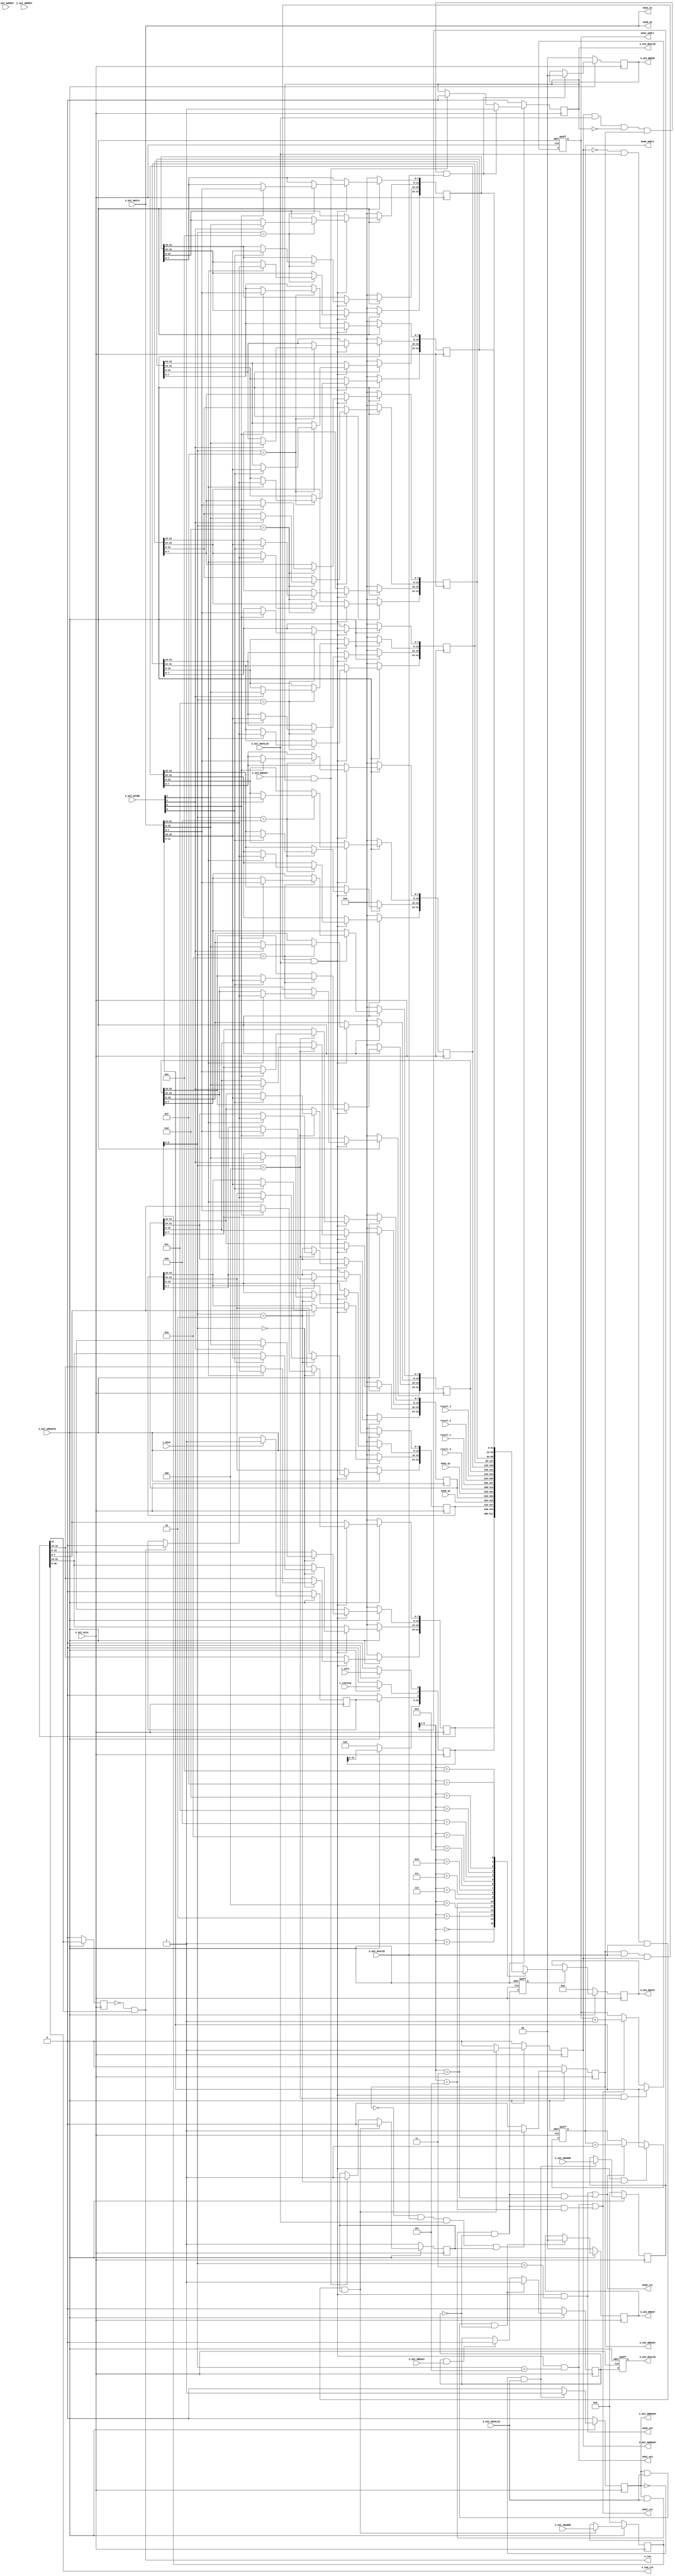

`timescale 1 ns / 1 ps

	module myip_v1_0_S00_AXI #
	(

		parameter CNT_BIT = 31,

		parameter integer MEM0_DATA_WIDTH = 32,
		parameter integer MEM0_ADDR_WIDTH = 12,
		parameter integer MEM0_MEM_DEPTH  = 4096, 

		parameter integer MEM1_DATA_WIDTH = 32,
		parameter integer MEM1_ADDR_WIDTH = 12,	
		parameter integer MEM1_MEM_DEPTH  = 4096,

		// User parameters ends
		// Do not modify the parameters beyond this line

		// Width of S_AXI data bus
		parameter integer C_S_AXI_DATA_WIDTH	= 32,
		// Width of S_AXI address bus
		parameter integer C_S_AXI_ADDR_WIDTH	= 6 
	)
	(
		output 					o_run,
		output  [CNT_BIT-1:0]	o_num_cnt, 
		input   				i_idle,
		input   				i_running,
		input					i_done,

		//Memory I/F
		output		[MEM0_ADDR_WIDTH-1:0] 	mem0_addr1,
		output		 						mem0_ce1,
		output		 						mem0_we1,
		input 		[MEM0_DATA_WIDTH-1:0]  	mem0_q1,
		output		[MEM0_DATA_WIDTH-1:0] 	mem0_d1,

		//Memory I/F
		output		[MEM1_ADDR_WIDTH-1:0] 	mem1_addr1,
		output		 						mem1_ce1,
		output		 						mem1_we1,
		input 		[MEM1_DATA_WIDTH-1:0]  	mem1_q1,
		output		[MEM1_DATA_WIDTH-1:0] 	mem1_d1,

		//result for 4 core
		input		[MEM0_DATA_WIDTH-1:0]  	result_0,
		input		[MEM0_DATA_WIDTH-1:0]  	result_1,
		input		[MEM0_DATA_WIDTH-1:0]  	result_2,
		input		[MEM0_DATA_WIDTH-1:0]  	result_3,

		// Do not modify the ports beyond this line

		// Global Clock Signal
		input wire  S_AXI_ACLK,
		// Global Reset Signal. This Signal is Active LOW
		input wire  S_AXI_ARESETN,
		// Write address (issued by master, acceped by Slave)
		input wire [C_S_AXI_ADDR_WIDTH-1 : 0] S_AXI_AWADDR,
		// Write channel Protection type. This signal indicates the
    		// privilege and security level of the transaction, and whether
    		// the transaction is a data access or an instruction access.
		input wire [2 : 0] S_AXI_AWPROT,
		// Write address valid. This signal indicates that the master signaling
    		// valid write address and control information.
		input wire  S_AXI_AWVALID,
		// Write address ready. This signal indicates that the slave is ready
    		// to accept an address and associated control signals.
		output wire  S_AXI_AWREADY,
		// Write data (issued by master, acceped by Slave) 
		input wire [C_S_AXI_DATA_WIDTH-1 : 0] S_AXI_WDATA,
		// Write strobes. This signal indicates which byte lanes hold
    		// valid data. There is one write strobe bit for each eight
    		// bits of the write data bus.    
		input wire [(C_S_AXI_DATA_WIDTH/8)-1 : 0] S_AXI_WSTRB,
		// Write valid. This signal indicates that valid write
    		// data and strobes are available.
		input wire  S_AXI_WVALID,
		// Write ready. This signal indicates that the slave
    		// can accept the write data.
		output wire  S_AXI_WREADY,
		// Write response. This signal indicates the status
    		// of the write transaction.
		output wire [1 : 0] S_AXI_BRESP,
		// Write response valid. This signal indicates that the channel
    		// is signaling a valid write response.
		output wire  S_AXI_BVALID,
		// Response ready. This signal indicates that the master
    		// can accept a write response.
		input wire  S_AXI_BREADY,
		// Read address (issued by master, acceped by Slave)
		input wire [C_S_AXI_ADDR_WIDTH-1 : 0] S_AXI_ARADDR,
		// Protection type. This signal indicates the privilege
    		// and security level of the transaction, and whether the
    		// transaction is a data access or an instruction access.
		input wire [2 : 0] S_AXI_ARPROT,
		// Read address valid. This signal indicates that the channel
    		// is signaling valid read address and control information.
		input wire  S_AXI_ARVALID,
		// Read address ready. This signal indicates that the slave is
    		// ready to accept an address and associated control signals.
		output wire  S_AXI_ARREADY,
		// Read data (issued by slave)
		output wire [C_S_AXI_DATA_WIDTH-1 : 0] S_AXI_RDATA,
		// Read response. This signal indicates the status of the
    		// read transfer.
		output wire [1 : 0] S_AXI_RRESP,
		// Read valid. This signal indicates that the channel is
    		// signaling the required read data.
		output wire  S_AXI_RVALID,
		// Read ready. This signal indicates that the master can
    		// accept the read data and response information.
		input wire  S_AXI_RREADY

	);

	// AXI4LITE signals
	reg [C_S_AXI_ADDR_WIDTH-1 : 0] 	axi_awaddr;
	reg  	axi_awready;
	reg  	axi_wready;
	reg [1 : 0] 	axi_bresp;
	reg  	axi_bvalid;
	reg [C_S_AXI_ADDR_WIDTH-1 : 0] 	axi_araddr;
	reg  	axi_arready;
	reg [C_S_AXI_DATA_WIDTH-1 : 0] 	axi_rdata;
	reg [1 : 0] 	axi_rresp;
	reg  	axi_rvalid;
	reg  	axi_rvalid_d; //delay 1 cycle from bram read

	// Example-specific design signals
	// local parameter for addressing 32 bit / 64 bit C_S_AXI_DATA_WIDTH
	// ADDR_LSB is used for addressing 32/64 bit registers/memories
	// ADDR_LSB = 2 for 32 bits (n downto 2)
	// ADDR_LSB = 3 for 64 bits (n downto 3)
	localparam integer ADDR_LSB = (C_S_AXI_DATA_WIDTH/32) + 1;
	localparam integer OPT_MEM_ADDR_BITS = 3; 
	//----------------------------------------------
	//-- Signals for user logic register space example
	//------------------------------------------------
	//-- Number of Slave Registers 16
	reg [C_S_AXI_DATA_WIDTH-1:0]	slv_reg0;
	reg [C_S_AXI_DATA_WIDTH-1:0]	slv_reg1;
	reg [C_S_AXI_DATA_WIDTH-1:0]	slv_reg2;
	reg [C_S_AXI_DATA_WIDTH-1:0]	slv_reg3;
	reg [C_S_AXI_DATA_WIDTH-1:0]	slv_reg4;
	reg [C_S_AXI_DATA_WIDTH-1:0]	slv_reg5;
	reg [C_S_AXI_DATA_WIDTH-1:0]	slv_reg6;
	reg [C_S_AXI_DATA_WIDTH-1:0]	slv_reg7;
	reg [C_S_AXI_DATA_WIDTH-1:0]	slv_reg8;
	reg [C_S_AXI_DATA_WIDTH-1:0]	slv_reg9;
	reg [C_S_AXI_DATA_WIDTH-1:0]	slv_rega;
	reg [C_S_AXI_DATA_WIDTH-1:0]	slv_regb;
	reg [C_S_AXI_DATA_WIDTH-1:0]	slv_regc;
	reg [C_S_AXI_DATA_WIDTH-1:0]	slv_regd;
	reg [C_S_AXI_DATA_WIDTH-1:0]	slv_rege;
	reg [C_S_AXI_DATA_WIDTH-1:0]	slv_regf;

	wire	 slv_reg_rden;
	wire	 slv_reg_wren;
	reg [C_S_AXI_DATA_WIDTH-1:0]	 reg_data_out;
	integer	 byte_index;
	reg	 aw_en;

	// I/O Connections assignments

	assign S_AXI_AWREADY	= axi_awready;
	assign S_AXI_WREADY	= axi_wready;
	assign S_AXI_BRESP	= axi_bresp;
	assign S_AXI_BVALID	= axi_bvalid;
	assign S_AXI_ARREADY	= axi_arready;
	assign S_AXI_RDATA	= axi_rdata;
	assign S_AXI_RRESP	= axi_rresp;
	//assign S_AXI_RVALID	= axi_rvalid;
	assign S_AXI_RVALID	= axi_rvalid_d; //delay 1 cycle from bram read
	// Implement axi_awready generation
	// axi_awready is asserted for one S_AXI_ACLK clock cycle when both
	// S_AXI_AWVALID and S_AXI_WVALID are asserted. axi_awready is
	// de-asserted when reset is low.

	always @( posedge S_AXI_ACLK )
	begin
	  if ( S_AXI_ARESETN == 1'b0 )
	    begin
	      axi_awready <= 1'b0;
	      aw_en <= 1'b1;
	    end 
	  else
	    begin    
	      if (~axi_awready && S_AXI_AWVALID && S_AXI_WVALID && aw_en)
	        begin
	          // slave is ready to accept write address when 
	          // there is a valid write address and write data
	          // on the write address and data bus. This design 
	          // expects no outstanding transactions. 
	          axi_awready <= 1'b1;
	          aw_en <= 1'b0;
	        end
	        else if (S_AXI_BREADY && axi_bvalid)
	            begin
	              aw_en <= 1'b1;
	              axi_awready <= 1'b0;
	            end
	      else           
	        begin
	          axi_awready <= 1'b0;
	        end
	    end 
	end       

	// Implement axi_awaddr latching
	// This process is used to latch the address when both 
	// S_AXI_AWVALID and S_AXI_WVALID are valid. 

	always @( posedge S_AXI_ACLK )
	begin
	  if ( S_AXI_ARESETN == 1'b0 )
	    begin
	      axi_awaddr <= 0;
	    end 
	  else
	    begin    
	      if (~axi_awready && S_AXI_AWVALID && S_AXI_WVALID && aw_en)
	        begin
	          // Write Address latching 
	          axi_awaddr <= S_AXI_AWADDR;
	        end
	    end 
	end       

	// Implement axi_wready generation
	// axi_wready is asserted for one S_AXI_ACLK clock cycle when both
	// S_AXI_AWVALID and S_AXI_WVALID are asserted. axi_wready is 
	// de-asserted when reset is low. 

	always @( posedge S_AXI_ACLK )
	begin
	  if ( S_AXI_ARESETN == 1'b0 )
	    begin
	      axi_wready <= 1'b0;
	    end 
	  else
	    begin    
	      if (~axi_wready && S_AXI_WVALID && S_AXI_AWVALID && aw_en )
	        begin
	          // slave is ready to accept write data when 
	          // there is a valid write address and write data
	          // on the write address and data bus. This design 
	          // expects no outstanding transactions. 
	          axi_wready <= 1'b1;
	        end
	      else
	        begin
	          axi_wready <= 1'b0;
	        end
	    end 
	end       

	// Implement memory mapped register select and write logic generation
	// The write data is accepted and written to memory mapped registers when
	// axi_awready, S_AXI_WVALID, axi_wready and S_AXI_WVALID are asserted. Write strobes are used to
	// select byte enables of slave registers while writing.
	// These registers are cleared when reset (active low) is applied.
	// Slave register write enable is asserted when valid address and data are available
	// and the slave is ready to accept the write address and write data.
	assign slv_reg_wren = axi_wready && S_AXI_WVALID && axi_awready && S_AXI_AWVALID;

	always @( posedge S_AXI_ACLK )
	begin
	  if ( S_AXI_ARESETN == 1'b0 )
	    begin
	      slv_reg0 <= 0;
//	      slv_reg1 <= 0; //Not use Write in 0x04 (STATUS, READ Only) 
	      slv_reg2 <= 0;
	      slv_reg3 <= 0;
		  slv_reg4 <= 0;
		  slv_reg5 <= 0;
		  slv_reg6 <= 0;
		  slv_reg7 <= 0;
		  slv_reg8 <= 0;
		  slv_reg9 <= 0;
		  slv_rega <= 0;
		  slv_regb <= 0;
		  slv_regc <= 0;
		  slv_regd <= 0;
		  slv_rege <= 0;
		  slv_regf <= 0;
	    end 
	  else begin
	    if (slv_reg_wren)
	      begin
	        case ( axi_awaddr[ADDR_LSB+OPT_MEM_ADDR_BITS:ADDR_LSB] )
	          4'h0:
	            for ( byte_index = 0; byte_index <= (C_S_AXI_DATA_WIDTH/8)-1; byte_index = byte_index+1 )
	              if ( S_AXI_WSTRB[byte_index] == 1 ) begin
	                // Respective byte enables are asserted as per write strobes 
	                // Slave register 0
	                slv_reg0[(byte_index*8) +: 8] <= S_AXI_WDATA[(byte_index*8) +: 8];
	              end  
			  //Not use Write in 0x04 (STATUS, READ Only)
//	          4'h1:
//	            for ( byte_index = 0; byte_index <= (C_S_AXI_DATA_WIDTH/8)-1; byte_index = byte_index+1 )
//	              if ( S_AXI_WSTRB[byte_index] == 1 ) begin
//	                // Respective byte enables are asserted as per write strobes 
//	                // Slave register 1
//	                slv_reg1[(byte_index*8) +: 8] <= S_AXI_WDATA[(byte_index*8) +: 8];
//	              end  
	          4'h2:
	            for ( byte_index = 0; byte_index <= (C_S_AXI_DATA_WIDTH/8)-1; byte_index = byte_index+1 )
	              if ( S_AXI_WSTRB[byte_index] == 1 ) begin
	                // Respective byte enables are asserted as per write strobes 
	                // Slave register 2
	                slv_reg2[(byte_index*8) +: 8] <= S_AXI_WDATA[(byte_index*8) +: 8];
	              end  
	          4'h3:
	            for ( byte_index = 0; byte_index <= (C_S_AXI_DATA_WIDTH/8)-1; byte_index = byte_index+1 )
	              if ( S_AXI_WSTRB[byte_index] == 1 ) begin
	                // Respective byte enables are asserted as per write strobes 
	                // Slave register 3
	                slv_reg3[(byte_index*8) +: 8] <= S_AXI_WDATA[(byte_index*8) +: 8];
	              end  
	          4'h4:
	            for ( byte_index = 0; byte_index <= (C_S_AXI_DATA_WIDTH/8)-1; byte_index = byte_index+1 )
	              if ( S_AXI_WSTRB[byte_index] == 1 ) begin
	                // Respective byte enables are asserted as per write strobes 
	                // Slave register 3
	                slv_reg4[(byte_index*8) +: 8] <= S_AXI_WDATA[(byte_index*8) +: 8];
	              end
	          4'h5:
	            for ( byte_index = 0; byte_index <= (C_S_AXI_DATA_WIDTH/8)-1; byte_index = byte_index+1 )
	              if ( S_AXI_WSTRB[byte_index] == 1 ) begin
	                // Respective byte enables are asserted as per write strobes 
	                // Slave register 3
	                slv_reg5[(byte_index*8) +: 8] <= S_AXI_WDATA[(byte_index*8) +: 8];
	              end
	          4'h6:
	            for ( byte_index = 0; byte_index <= (C_S_AXI_DATA_WIDTH/8)-1; byte_index = byte_index+1 )
	              if ( S_AXI_WSTRB[byte_index] == 1 ) begin
	                // Respective byte enables are asserted as per write strobes 
	                // Slave register 3
	                slv_reg6[(byte_index*8) +: 8] <= S_AXI_WDATA[(byte_index*8) +: 8];
	              end
	          4'h7:
	            for ( byte_index = 0; byte_index <= (C_S_AXI_DATA_WIDTH/8)-1; byte_index = byte_index+1 )
	              if ( S_AXI_WSTRB[byte_index] == 1 ) begin
	                // Respective byte enables are asserted as per write strobes 
	                // Slave register 3
	                slv_reg7[(byte_index*8) +: 8] <= S_AXI_WDATA[(byte_index*8) +: 8];
	              end
	          4'h8:
	            for ( byte_index = 0; byte_index <= (C_S_AXI_DATA_WIDTH/8)-1; byte_index = byte_index+1 )
	              if ( S_AXI_WSTRB[byte_index] == 1 ) begin
	                // Respective byte enables are asserted as per write strobes 
	                // Slave register 0
	                slv_reg8[(byte_index*8) +: 8] <= S_AXI_WDATA[(byte_index*8) +: 8];
	              end  
	          4'h9:
	            for ( byte_index = 0; byte_index <= (C_S_AXI_DATA_WIDTH/8)-1; byte_index = byte_index+1 )
	              if ( S_AXI_WSTRB[byte_index] == 1 ) begin
	                // Respective byte enables are asserted as per write strobes 
	                // Slave register 1
	                slv_reg9[(byte_index*8) +: 8] <= S_AXI_WDATA[(byte_index*8) +: 8];
	              end  
	          4'ha:
	            for ( byte_index = 0; byte_index <= (C_S_AXI_DATA_WIDTH/8)-1; byte_index = byte_index+1 )
	              if ( S_AXI_WSTRB[byte_index] == 1 ) begin
	                // Respective byte enables are asserted as per write strobes 
	                // Slave register 2
	                slv_rega[(byte_index*8) +: 8] <= S_AXI_WDATA[(byte_index*8) +: 8];
	              end  
	          4'hb:
	            for ( byte_index = 0; byte_index <= (C_S_AXI_DATA_WIDTH/8)-1; byte_index = byte_index+1 )
	              if ( S_AXI_WSTRB[byte_index] == 1 ) begin
	                // Respective byte enables are asserted as per write strobes 
	                // Slave register 3
	                slv_regb[(byte_index*8) +: 8] <= S_AXI_WDATA[(byte_index*8) +: 8];
	              end  
	          4'hc:
	            for ( byte_index = 0; byte_index <= (C_S_AXI_DATA_WIDTH/8)-1; byte_index = byte_index+1 )
	              if ( S_AXI_WSTRB[byte_index] == 1 ) begin
	                // Respective byte enables are asserted as per write strobes 
	                // Slave register 3
	                slv_regc[(byte_index*8) +: 8] <= S_AXI_WDATA[(byte_index*8) +: 8];
	              end
	          4'hd:
	            for ( byte_index = 0; byte_index <= (C_S_AXI_DATA_WIDTH/8)-1; byte_index = byte_index+1 )
	              if ( S_AXI_WSTRB[byte_index] == 1 ) begin
	                // Respective byte enables are asserted as per write strobes 
	                // Slave register 3
	                slv_regd[(byte_index*8) +: 8] <= S_AXI_WDATA[(byte_index*8) +: 8];
	              end
	          4'he:
	            for ( byte_index = 0; byte_index <= (C_S_AXI_DATA_WIDTH/8)-1; byte_index = byte_index+1 )
	              if ( S_AXI_WSTRB[byte_index] == 1 ) begin
	                // Respective byte enables are asserted as per write strobes 
	                // Slave register 3
	                slv_rege[(byte_index*8) +: 8] <= S_AXI_WDATA[(byte_index*8) +: 8];
	              end
	          4'hf:
	            for ( byte_index = 0; byte_index <= (C_S_AXI_DATA_WIDTH/8)-1; byte_index = byte_index+1 )
	              if ( S_AXI_WSTRB[byte_index] == 1 ) begin
	                // Respective byte enables are asserted as per write strobes 
	                // Slave register 3
	                slv_regf[(byte_index*8) +: 8] <= S_AXI_WDATA[(byte_index*8) +: 8];
	              end
	          default : begin
	                      slv_reg0 <= slv_reg0;
//	                      slv_reg1 <= slv_reg1; //Not use Write in 0x04 (STATUS, READ Only)
	                      slv_reg2 <= slv_reg2;
	                      slv_reg3 <= slv_reg3;
						  slv_reg4 <= slv_reg4;
						  slv_reg5 <= slv_reg5;
						  slv_reg6 <= slv_reg6;
						  slv_reg7 <= slv_reg7;
						  slv_reg8 <= slv_reg8;
						  slv_reg9 <= slv_reg9;
						  slv_rega <= slv_rega;
						  slv_regb <= slv_regb;
						  slv_regc <= slv_regc;
						  slv_regd <= slv_regd;
						  slv_rege <= slv_rege;
						  slv_regf <= slv_regf;
	                    end
	        endcase
	      end
	  end
	end    

	//AXI4-Lite Read / Write Condition 
	wire clk = S_AXI_ACLK;                       
	wire reset_n = S_AXI_ARESETN;

	wire [C_S_AXI_ADDR_WIDTH-1:0]   mem0_axi_addr = 'h8; 
	wire [C_S_AXI_ADDR_WIDTH-1:0]   mem0_axi_data = 'hc; 
	wire [C_S_AXI_DATA_WIDTH-1:0]	mem0_addr_reg = S_AXI_WDATA; 
	wire [C_S_AXI_DATA_WIDTH-1:0]	mem0_data_reg = S_AXI_WDATA;  
	wire mem0_addr_write_hit = slv_reg_wren && (axi_awaddr[ADDR_LSB+OPT_MEM_ADDR_BITS:ADDR_LSB] == mem0_axi_addr[ADDR_LSB+OPT_MEM_ADDR_BITS:ADDR_LSB]); 
	wire mem0_data_write_hit = slv_reg_wren && (axi_awaddr[ADDR_LSB+OPT_MEM_ADDR_BITS:ADDR_LSB] == mem0_axi_data[ADDR_LSB+OPT_MEM_ADDR_BITS:ADDR_LSB]); 
	wire mem0_data_read_hit = slv_reg_rden && (axi_araddr[ADDR_LSB+OPT_MEM_ADDR_BITS:ADDR_LSB] == mem0_axi_data[ADDR_LSB+OPT_MEM_ADDR_BITS:ADDR_LSB]);

	//Address conunter to BRAM
	reg	[MEM0_ADDR_WIDTH-1:0] mem0_addr_cnt;
	always @(posedge clk or negedge reset_n) begin
	    if(!reset_n) begin
	        mem0_addr_cnt <= 0;  
	    end else if (mem0_addr_write_hit) begin 
	        mem0_addr_cnt <= mem0_addr_reg; 
	    end else if (mem0_data_write_hit || mem0_data_read_hit) begin
	        mem0_addr_cnt <= mem0_addr_cnt + 1;
		end
	end

	//delay 1 cycle, read valid from memory
	reg slv_reg_rden_d;
	always @(posedge clk or negedge reset_n) begin
	    if(!reset_n) begin
			axi_rvalid_d	<= 'd0;
			slv_reg_rden_d	<= 'd0;
	    end else begin
			axi_rvalid_d	<= axi_rvalid;
			slv_reg_rden_d	<= slv_reg_rden;
	    end 
	end

	//Assgin Memory I/F
	assign mem0_addr1 	= mem0_addr_cnt[MEM0_ADDR_WIDTH-1:0]			; 
	assign mem0_ce1		= mem0_data_write_hit || mem0_data_read_hit		;
	assign mem0_we1		= mem0_data_write_hit 							;
	assign mem0_d1		= mem0_data_reg									;

	// AXI4-Lite Read / Write Condition 
	wire [C_S_AXI_ADDR_WIDTH-1:0]   mem1_axi_addr = 'h10; 
	wire [C_S_AXI_ADDR_WIDTH-1:0]   mem1_axi_data = 'h14; 
	wire [C_S_AXI_DATA_WIDTH-1:0]	mem1_addr_reg = S_AXI_WDATA;  
	wire [C_S_AXI_DATA_WIDTH-1:0]	mem1_data_reg = S_AXI_WDATA; 
	wire mem1_addr_write_hit = slv_reg_wren && (axi_awaddr[ADDR_LSB+OPT_MEM_ADDR_BITS:ADDR_LSB] == mem1_axi_addr[ADDR_LSB+OPT_MEM_ADDR_BITS:ADDR_LSB]);
	wire mem1_data_write_hit = slv_reg_wren && (axi_awaddr[ADDR_LSB+OPT_MEM_ADDR_BITS:ADDR_LSB] == mem1_axi_data[ADDR_LSB+OPT_MEM_ADDR_BITS:ADDR_LSB]);
	wire mem1_data_read_hit = slv_reg_rden && (axi_araddr[ADDR_LSB+OPT_MEM_ADDR_BITS:ADDR_LSB] == mem1_axi_data[ADDR_LSB+OPT_MEM_ADDR_BITS:ADDR_LSB]);

	//Address conunter to BRAM
	reg	[MEM1_ADDR_WIDTH-1:0] mem1_addr_cnt;
	always @(posedge clk or negedge reset_n) begin
	    if(!reset_n) begin
	        mem1_addr_cnt <= 0;  
	    end else if (mem1_addr_write_hit) begin
	        mem1_addr_cnt <= mem1_addr_reg; 
	    end else if (mem1_data_write_hit || mem1_data_read_hit) begin
	        mem1_addr_cnt <= mem1_addr_cnt + 1;
		end
	end

	//Assgin Memory I/F
	assign mem1_addr1 	= mem1_addr_cnt[MEM1_ADDR_WIDTH-1:0]			; 
	assign mem1_ce1		= mem1_data_write_hit || mem1_data_read_hit		;
	assign mem1_we1		= mem1_data_write_hit 							;
	assign mem1_d1		= mem1_data_reg									;

	// Implement write response logic generation
	// The write response and response valid signals are asserted by the slave 
	// when axi_wready, S_AXI_WVALID, axi_wready and S_AXI_WVALID are asserted.  
	// This marks the acceptance of address and indicates the status of 
	// write transaction.

	always @( posedge S_AXI_ACLK )
	begin
	  if ( S_AXI_ARESETN == 1'b0 )
	    begin
	      axi_bvalid  <= 0;
	      axi_bresp   <= 2'b0;
	    end 
	  else
	    begin    
	      if (axi_awready && S_AXI_AWVALID && ~axi_bvalid && axi_wready && S_AXI_WVALID)
	        begin
	          // indicates a valid write response is available
	          axi_bvalid <= 1'b1;
	          axi_bresp  <= 2'b0; // 'OKAY' response 
	        end                   // work error responses in future
	      else
	        begin
	          if (S_AXI_BREADY && axi_bvalid) 
	            //check if bready is asserted while bvalid is high) 
	            //(there is a possibility that bready is always asserted high)   
	            begin
	              axi_bvalid <= 1'b0; 
	            end  
	        end
	    end
	end   

	// Implement axi_arready generation
	// axi_arready is asserted for one S_AXI_ACLK clock cycle when
	// S_AXI_ARVALID is asserted. axi_awready is 
	// de-asserted when reset (active low) is asserted. 
	// The read address is also latched when S_AXI_ARVALID is 
	// asserted. axi_araddr is reset to zero on reset assertion.

	always @( posedge S_AXI_ACLK )
	begin
	  if ( S_AXI_ARESETN == 1'b0 )
	    begin
	      axi_arready <= 1'b0;
	      axi_araddr  <= 32'b0;
	    end 
	  else
	    begin    
	      if (~axi_arready && S_AXI_ARVALID)
	        begin
	          // indicates that the slave has acceped the valid read address
	          axi_arready <= 1'b1;
	          // Read address latching
	          axi_araddr  <= S_AXI_ARADDR;
	        end
	      else
	        begin
	          axi_arready <= 1'b0;
	        end
	    end 
	end       

	// Implement axi_arvalid generation
	// axi_rvalid is asserted for one S_AXI_ACLK clock cycle when both 
	// S_AXI_ARVALID and axi_arready are asserted. The slave registers 
	// data are available on the axi_rdata bus at this instance. The 
	// assertion of axi_rvalid marks the validity of read data on the 
	// bus and axi_rresp indicates the status of read transaction.axi_rvalid 
	// is deasserted on reset (active low). axi_rresp and axi_rdata are 
	// cleared to zero on reset (active low).  
	always @( posedge S_AXI_ACLK )
	begin
	  if ( S_AXI_ARESETN == 1'b0 )
	    begin
	      axi_rvalid <= 0;
	      axi_rresp  <= 0;
	    end 
	  else
	    begin    
	      if (axi_arready && S_AXI_ARVALID && ~axi_rvalid)
	        begin
	          // Valid read data is available at the read data bus
	          axi_rvalid <= 1'b1;
	          axi_rresp  <= 2'b0; // 'OKAY' response
	        end   
	      else if (axi_rvalid && S_AXI_RREADY)
	        begin
	          // Read data is accepted by the master
	          axi_rvalid <= 1'b0;
	        end                
	    end
	end    

	// Implement memory mapped register select and read logic generation
	// Slave register read enable is asserted when valid address is available
	// and the slave is ready to accept the read address.
	assign slv_reg_rden = axi_arready & S_AXI_ARVALID & ~axi_rvalid;
	always @(*)
	begin
	      // Address decoding for reading registers
	      case ( axi_araddr[ADDR_LSB+OPT_MEM_ADDR_BITS:ADDR_LSB] )
	        4'h0   : reg_data_out <= slv_reg0;
	        4'h1   : reg_data_out <= slv_reg1;
	        4'h2   : reg_data_out <= slv_reg2;
	        4'h3   : reg_data_out <= mem0_q1[C_S_AXI_DATA_WIDTH-1:0]; //from bram0 out
	        //4'h3   : reg_data_out <= slv_reg3;
	        4'h4   : reg_data_out <= slv_reg4;
	        4'h5   : reg_data_out <= mem1_q1[C_S_AXI_DATA_WIDTH-1:0]; //from bram1 out
	        //4'h5   : reg_data_out <= slv_reg5;
	        //4'h6   : reg_data_out <= slv_reg6;
	        //4'h7   : reg_data_out <= slv_reg7;
	        //4'h8   : reg_data_out <= slv_reg8;
	        //4'h9   : reg_data_out <= slv_reg9;
	        4'h6   : reg_data_out <= result_0;
	        4'h7   : reg_data_out <= result_1;
	        4'h8   : reg_data_out <= result_2;
	        4'h9   : reg_data_out <= result_3;
	        4'ha   : reg_data_out <= slv_rega;
	        4'hb   : reg_data_out <= slv_regb;
	        4'hc   : reg_data_out <= slv_regc;
	        4'hd   : reg_data_out <= slv_regd;
	        4'he   : reg_data_out <= slv_rege;
	        4'hf   : reg_data_out <= slv_regf;
	        default : reg_data_out <= 0;
	      endcase
	end

	// Output register or memory read data
	always @( posedge S_AXI_ACLK )
	begin
	  if ( S_AXI_ARESETN == 1'b0 )
	    begin
	      axi_rdata  <= 0;
	    end 
	  else
	    begin    
	      // When there is a valid read address (S_AXI_ARVALID) with 
	      // acceptance of read address by the slave (axi_arready), 
	      // output the read dada 
	      //if (slv_reg_rden)
	      if (slv_reg_rden_d) //1 cycle delay, read valid from memory
	        begin
	          axi_rdata <= reg_data_out;     // register read data
	        end   
	    end
	end    

	//Add user logic here
	
	// tick gen o_run
	reg r_run;
	always @(posedge clk) begin 
    	if(!reset_n) begin // sync reset_n
    	    r_run <= 1'b0;  
    	end else begin
            r_run <= slv_reg0[CNT_BIT];
		end 
	end
	
	assign o_run 		= (r_run == 1'b0) && (slv_reg0[CNT_BIT] == 1'b1) ; // Posedge 1 tick
	assign o_num_cnt 	= slv_reg0[CNT_BIT-1:0]; 	// 30:0

	//	wire reset_n = S_AXI_ARESETN;
	//	wire clk = S_AXI_ACLK;
	reg r_done; // to keep done status, i_done is a 1 tick.
	
	always @(posedge clk) begin
    	if(!reset_n) begin  // sync reset_n
    	    r_done <= 1'b0;  
    	end else if (i_done) begin
    	    r_done <= 1'b1;
		end else if (o_run) begin
			r_done <= 1'b0;
		end  
	// else. keep status
	end

	always @(posedge clk) begin 
    	if(!reset_n) begin // sync reset_n
    	    slv_reg1 <= 32'b0;  
    	end else begin
			slv_reg1[0] <= i_idle;
			slv_reg1[1] <= i_running;
			slv_reg1[2] <= r_done;
			// no use [31:3]
		end 
	end
	// User logic ends

	endmodule